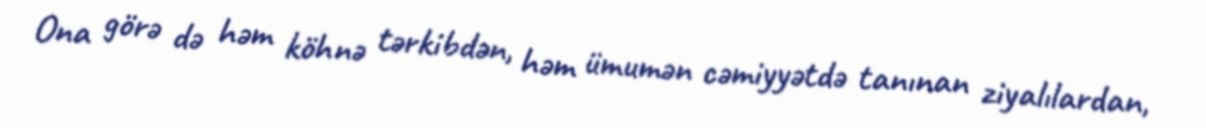
Ona görə də həm köhnə tərkibdən, həm ümumən cəmiyyətdə tanınan ziyalılardan,